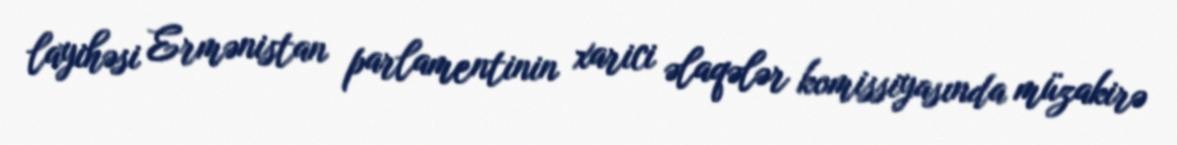
layihəsi Ermənistan parlamentinin xarici əlaqələr komissiyasında müzakirə